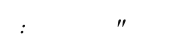
:      "